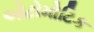
ઓટોમોટિક